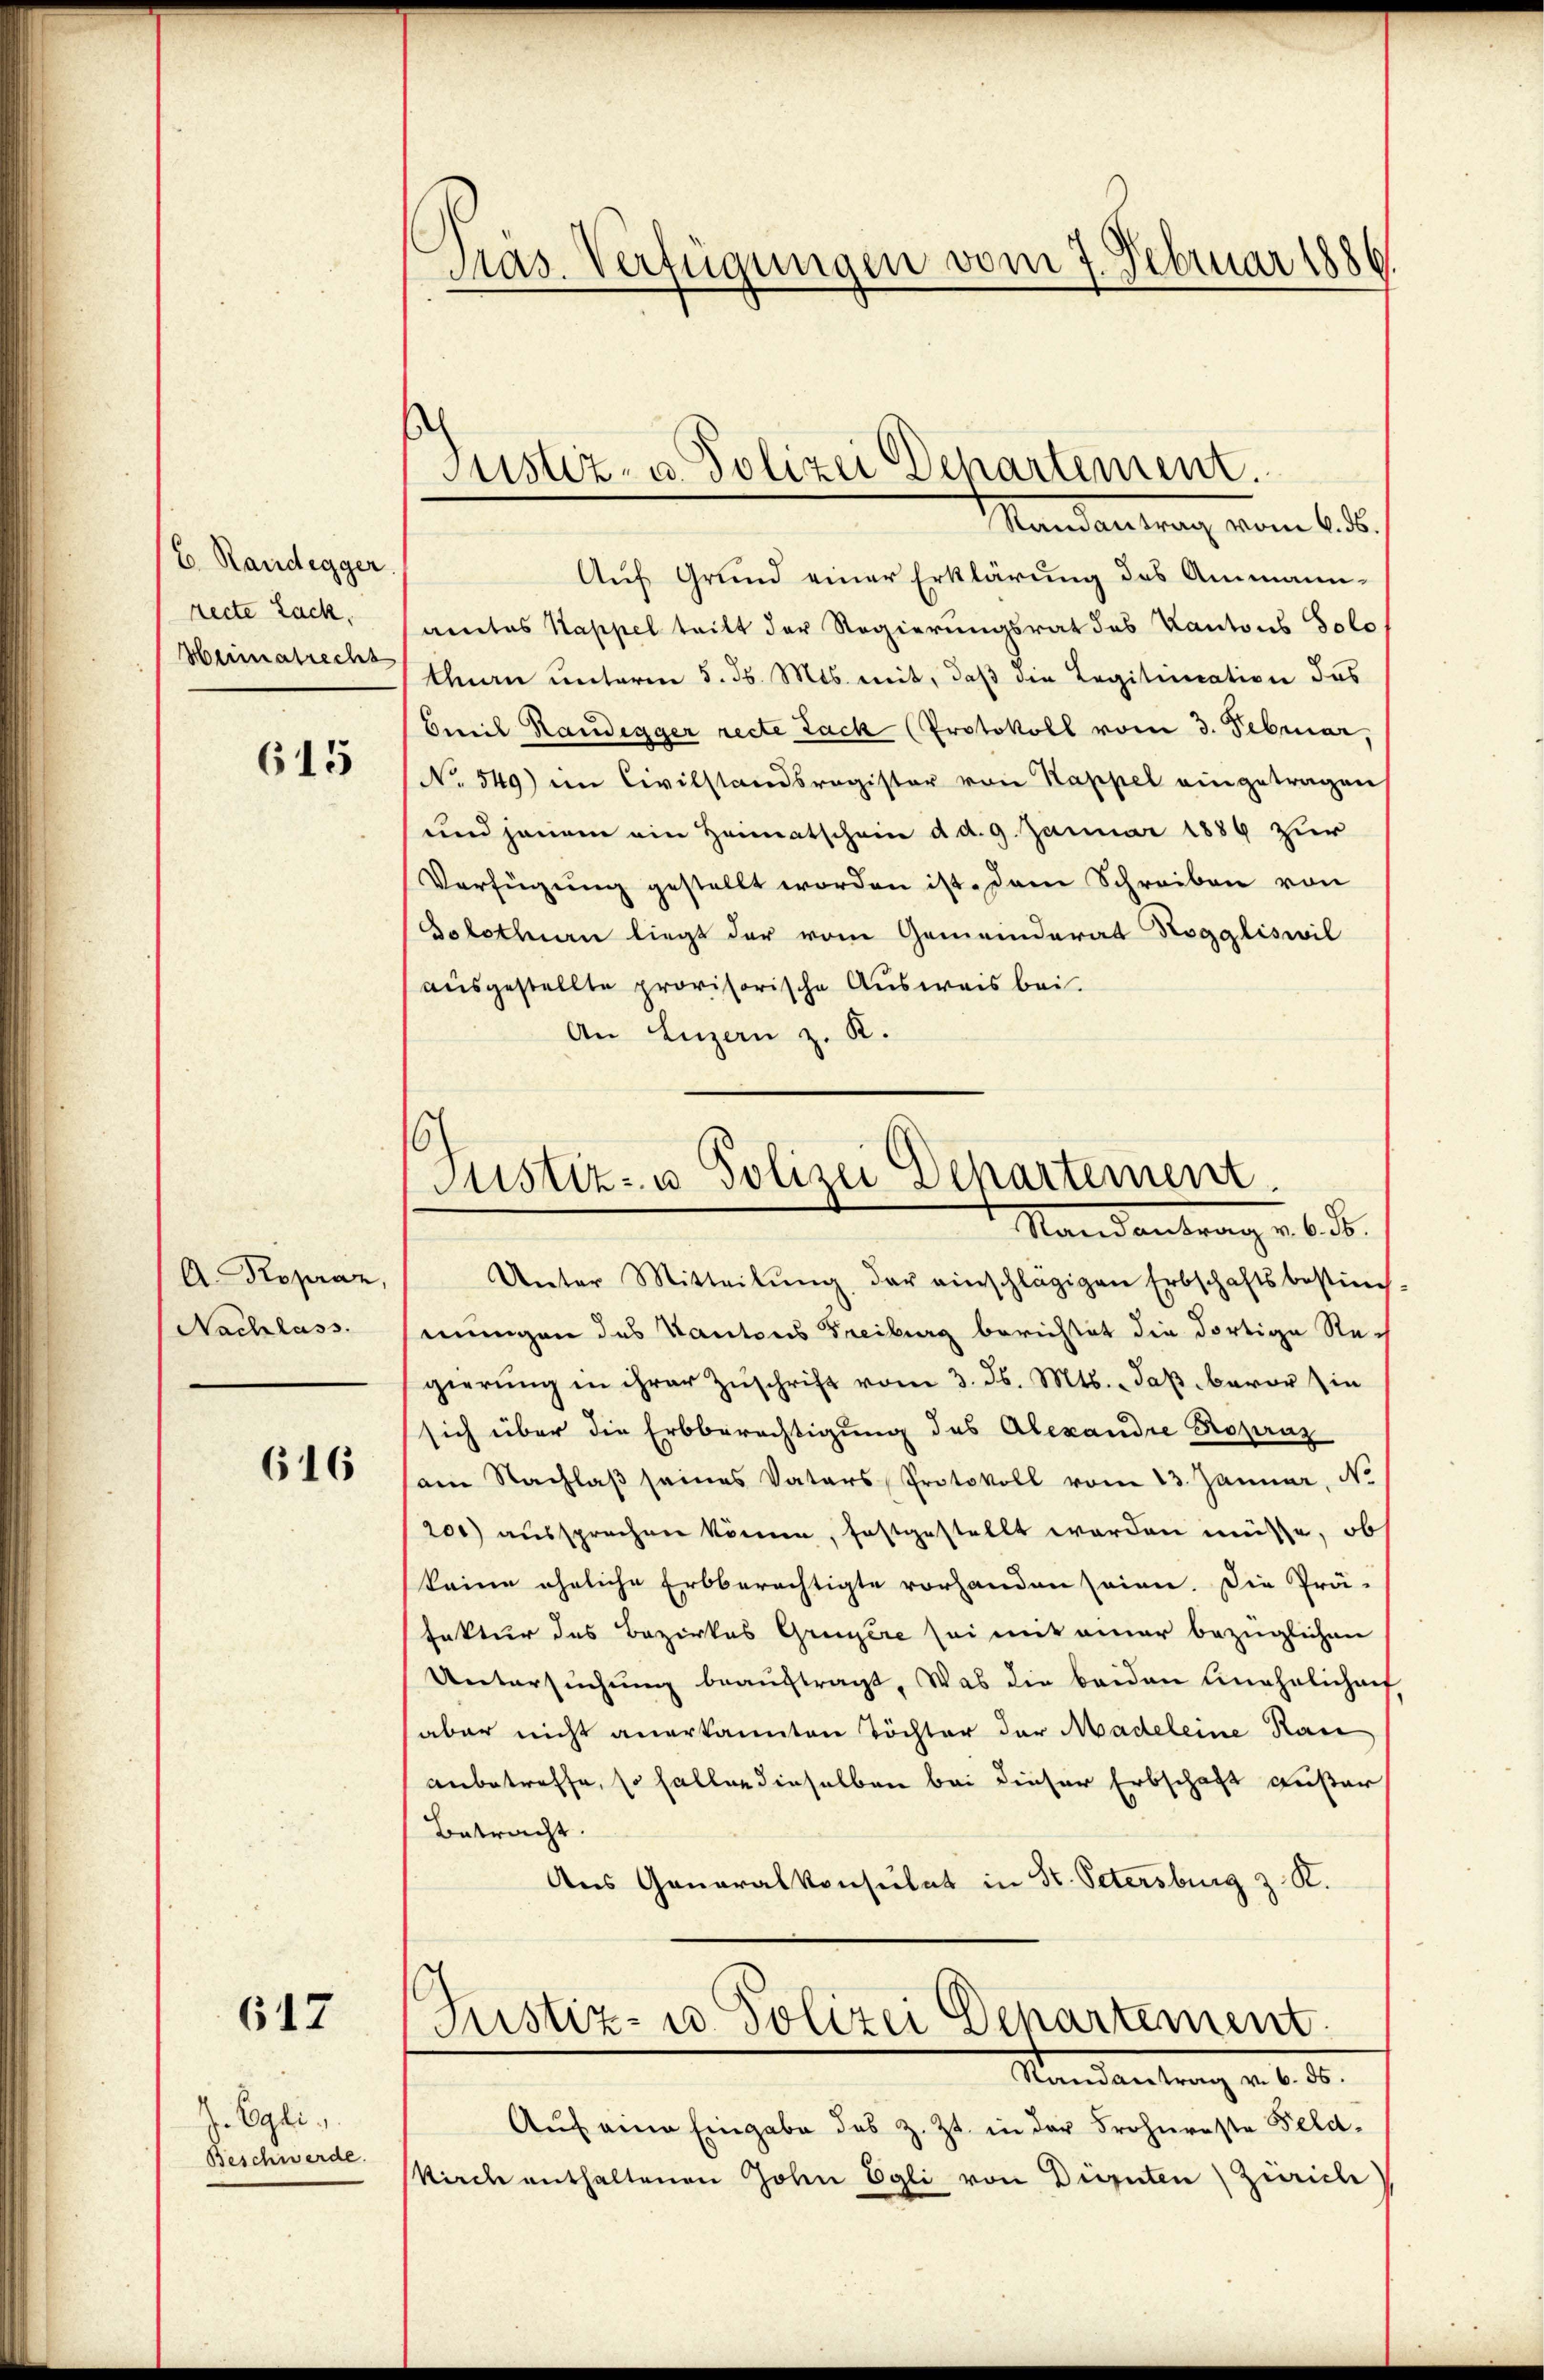
E. Randegger.
recte Lack,
Heimatrecht

615

A.Kopraz,
Nachlass.

616

617

J. Egli,
Beschwerde.

Mas. Verfügungen vom 7. Februar 1886

Justiz- u. Polizei Departement.
Mandantrag vom 6 te

Auf Grund einer Erklärung des Ammann-
amtes Kappel teilt der Regierungsrat des Kantons Solo
than unterm 5. ds. Mts. mit, daß die Legitication das
bereie Handegger recte Lack (Protokoll vom 3. Februar
No 549) im Civilstandsregister von Kappel eingetragen
und jenem ein Heimatschein d. d. 9. Januar 1889 zur
Verfügung gestellt worden ist. Dem Schreiben von
Solothurn liegt der vom Gemeinderat Roggliswil
ausgestellte provisorische Ausweis bei.
An Luzern z. K.
Unter Mitteilŭng der einschlägigen Erbschaftsbestim
mungen des Kantons Freiburg berichtet die dortige Rech
gierŭng in ihrer Zŭschrift vom 3. d. Mts. daβ bevor in
sich über die Erbberechtigung des Alexandre Ropraz
am Nachlaβ seines Vaters Protokoll vom 13. Januar, No.
200) aussprechen könne, festgestellt werden müsse, ob
keine ähnliche Erbberechtigte vorhanden seien. Die Prä-
faktur des Bezirkes Gruyère sei mit einer bezüglichen
Untersŭchŭng beaŭftragt. Was die beiden Einehelicharf
aber nicht anerkannten Töchter der Madeleine Rau
anbetreffe, so halten dieselben bei dieser Erbschaft außer
Betracht.
Aus Generalkonsulat in St. Petersburg z. R.
C
Justiz- u. Polizei Departement
Randantrag v. 6. 55.
Aŭf eine Eingabe des z. Zt. in der Frohnreste Feldkirch enthaltenen John Egli von Dürnten Zürich

6
Justiz- u. Polizei Departement.
Randantrag ab. S.